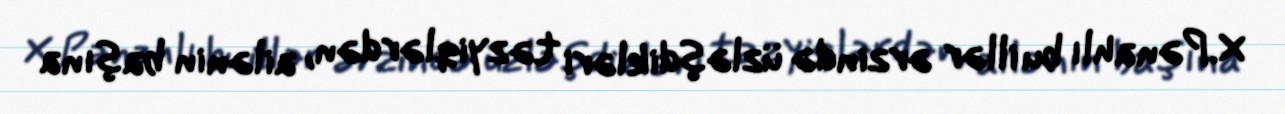
X.Pənahlı bu illər ərzində üzləşdikləri təzyiqlərdən, ailənin başına